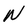
Character: N